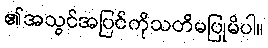
၏အသွင်အပြင်ကိုသတိမပြုမိပါ။